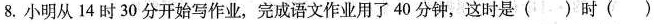
8.小明从14时30分开始写作业，完成语文作业用了40分钟，这时是()时()